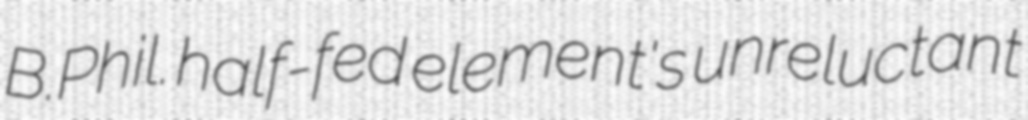
B.Phil. half-fed element's unreluctant